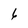
Character: 6